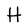
Character: H